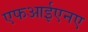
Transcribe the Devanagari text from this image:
एफआईएनए